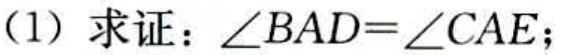
（1）求证：\(\angle BAD = \angle CAE\)；